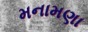
મનામણા